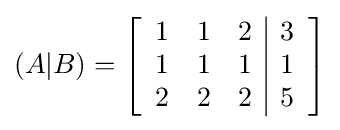
(A|B)=\left[{\begin{array}{ccc|c}1&1&2&3\\1&1&1&1\\2&2&2&5\end{array}}\right]